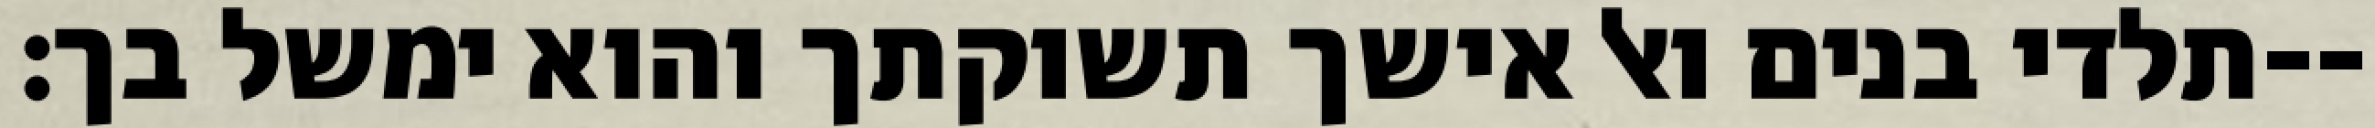
תלדי בנים ואל אישך תשוקתך והוא ימשל בך׃--